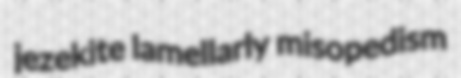
jezekite lamellarly misopedism